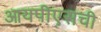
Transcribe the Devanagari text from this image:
आयपीएसची